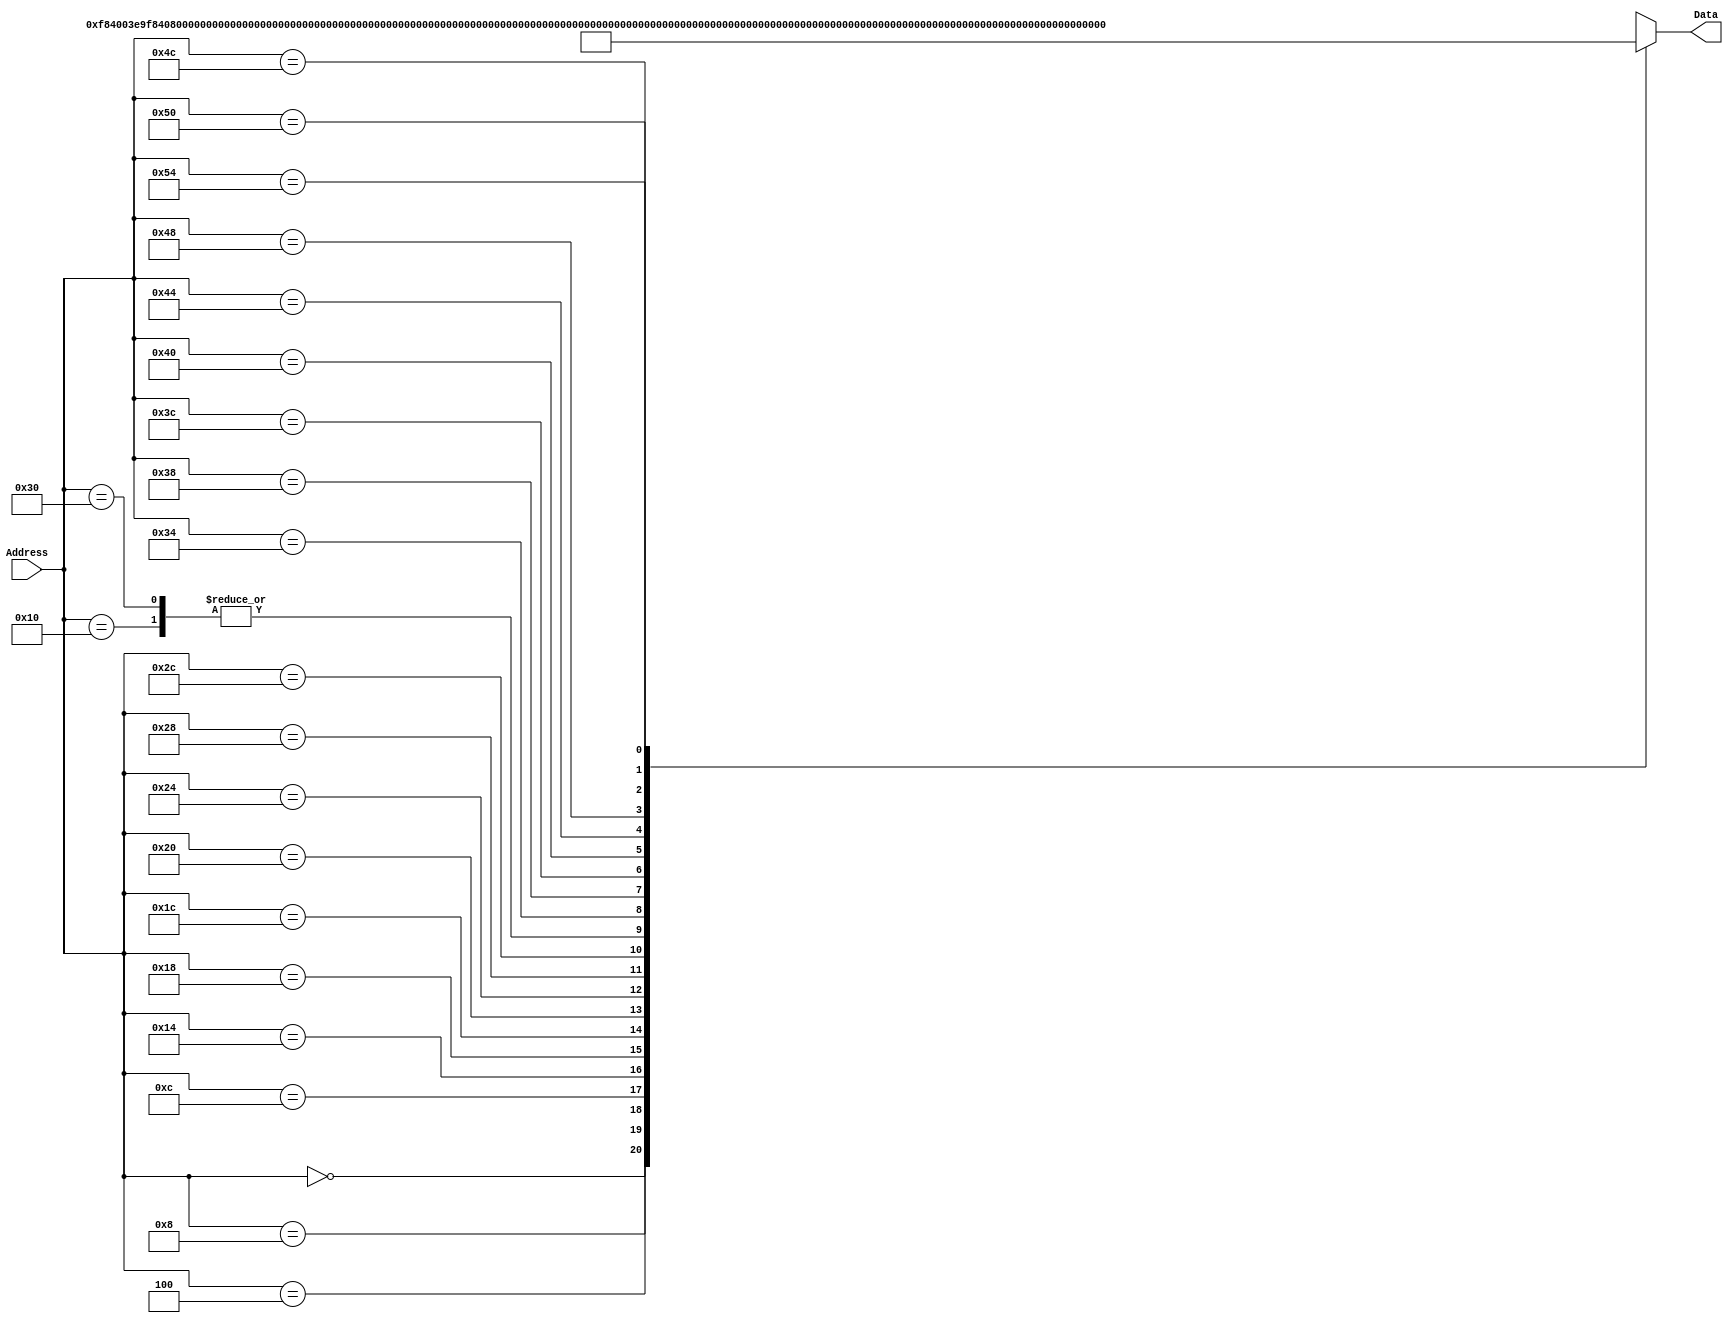
`timescale 1ns / 1ps
/*
 * Module: InstructionMemory
 *
 * Implements read-only instruction memory
 * 
 */
module InstructionMemory(Data, Address);
   parameter T_rd = 20;
   parameter MemSize = 40;
   
   output [31:0] Data;
   input [63:0]  Address;
   reg [31:0] 	 Data;
   
   /*
    * ECEN 350 Processor Test Functions
    * Texas A&M University
    */
   
   always @ (Address) begin

      case(Address)

	/* Test Program 1:
	 * Program loads constants from the data memory. Uses these constants to test
	 * the following instructions: LDUR, ORR, AND, CBZ, ADD, SUB, STUR and B.
	 * 
	 * Assembly code for test:
	 * 
	 * 0: LDUR X9, [XZR, 0x0]    //Load 1 into x9
	 * 4: LDUR X10, [XZR, 0x8]   //Load a into x10
	 * 8: LDUR X11, [XZR, 0x10]  //Load 5 into x11
	 * C: LDUR X12, [XZR, 0x18]  //Load big constant into x12
	 * 10: LDUR X13, [XZR, 0x20]  //load a 0 into X13
	 * 
	 * 14: ORR X10, X10, X11  //Create mask of 0xf
	 * 18: AND X12, X12, X10  //Mask off low order bits of big constant
	 * 
	 * loop:
	 * 1C: CBZ X12, end  //while X12 is not 0
	 * 20: ADD X13, X13, X9  //Increment counter in X13
	 * 24: SUB X12, X12, X9  //Decrement remainder of big constant in X12
	 * 28: B loop  //Repeat till X12 is 0
	 * 2C: STUR X13, [XZR, 0x20]  //store back the counter value into the memory location 0x20
	 */
	

	63'h000: Data = 32'hF84003E9;
	63'h004: Data = 32'hF84083EA;
	63'h008: Data = 32'hF84103EB;
	63'h00c: Data = 32'hF84183EC;
	63'h010: Data = 32'hF84203ED;
	63'h014: Data = 32'hAA0B014A;
	63'h018: Data = 32'h8A0A018C;
	63'h01c: Data = 32'hB400008C;
	63'h020: Data = 32'h8B0901AD;
	63'h024: Data = 32'hCB09018C;
	63'h028: Data = 32'h17FFFFFD;
	63'h02c: Data = 32'hF80203ED;
	63'h030: Data = 32'hF84203ED;  //One last load to place stored value on memdbus for test checking.

	/* Add code for your tests here */
	//GOAL:: MOVZ X9, 0x123456789abcdef0
	//MOVZ is 110100101 from green sheet 
	//MOVZ X0, 0x1234, 3 // opcode 11010010111 //immediate 0001001000110100 //X0 0000
	//MOVZ X1, 0x5678, 2 // opcode 11010010110 //immediate 0101011001101000 //X1 0001
	//MOVZ X2, 0x9abc, 1 // opcode 11010010101 //immediate 1001101010111100 //X2 0010
	//MOVZ X3, 0xdef0, 0 // opcode 11010010100 //immediate 1101111011110000 //X3 0011
	//ADD X1, X0, X1 //opcode 10001011000 Rd = Rm +Rn based on Rd, Rm, Rn
	//ADD X3, X2, X3 //opcode 10001011000
	//ADD X9, X1, X3 //opcode 10001011000
	//STUR X9,[XZR,0x28] //opcode 11111000000 //Rt X9 Rn XZR/31 DtAddr = 0x28
	//LDUR X10,[XZR, X9] //opcode 11111000010 //Rt X10 Rn XZR/31 DtAddr = X9
	
	/*
	63'h034: Data = 32'b110100101 11 0001 0010 0011 0100 00000;
	63'h038: Data = 32'b110100101 10 0101 0110 0111 1000 00001;
	63'h03c: Data = 32'b110100101 01 1001 1010 1011 1100 00010;
	63'h040: Data = 32'b110100101 00 1101 1110 1111 0000 00011;
	*/
	//MOVZ
	63'h034: Data = 32'b11010010111000100100011010000000;
	63'h038: Data = 32'b11010010110010101100111100000001;
	63'h03c: Data = 32'b11010010101100110101011110000010;
	63'h040: Data = 32'b11010010100110111101111000000011;
	
	//ADD
	63'h044: Data = 32'b10001011000000010000000000000001;
	63'h048: Data = 32'b10001011000000110000000001000011;
	63'h04c: Data = 32'b10001011000000010000000001101001;
	
	//STUR
	63'h050: Data = 32'b11111000000000011100001111101001;
	//LDUR
	63'h054: Data = 32'b11111000010000011100001111101010;

	
	default: Data = 32'hXXXXXXXX;
      endcase
   end
endmodule